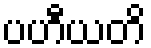
ပဟီယတိ